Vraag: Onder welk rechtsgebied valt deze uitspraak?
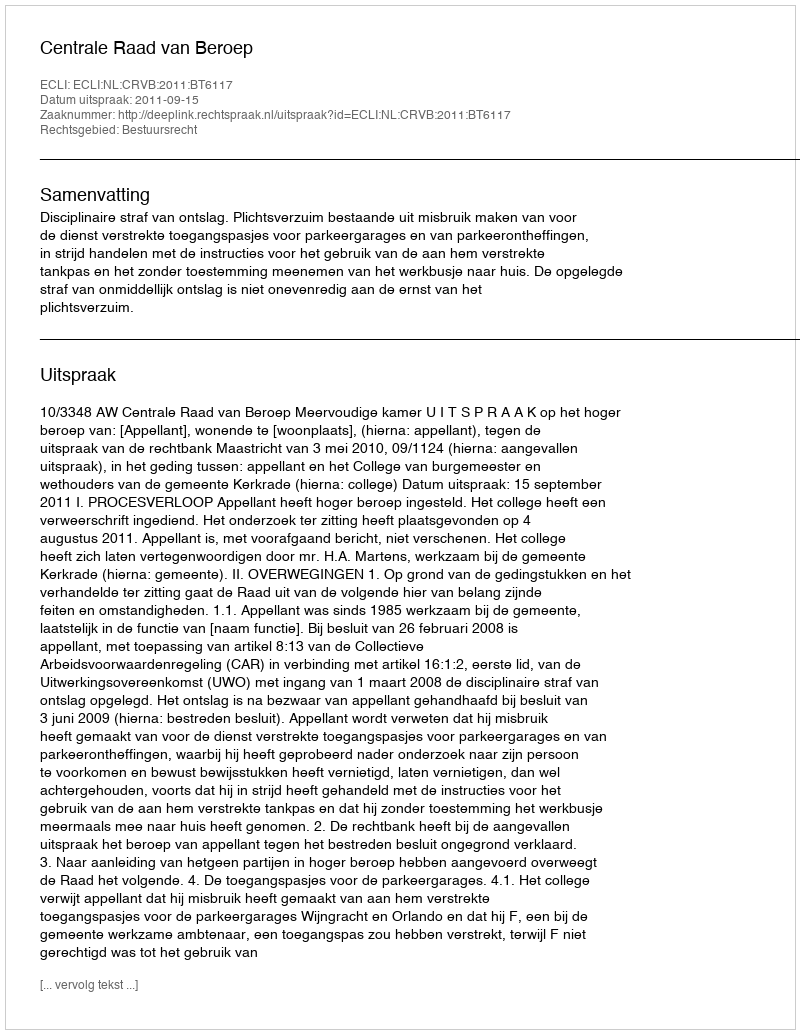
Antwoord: Bestuursrecht